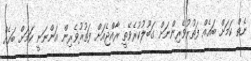
ނެތް ކަމަށް ބައެއް ފަތުރުވެެރިންނަށް ގަބޫލުކުރެވޭތީ ރާއްޖެއަށް ފަތުރުވެރިން އަންނަނީ ކަމަށް ބައެއް